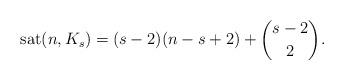
LaTeX: \begin{align*}\textup{sat}(n , K_s) = (s-2) ( n - s +2) + \binom{s-2}{2}.\end{align*}